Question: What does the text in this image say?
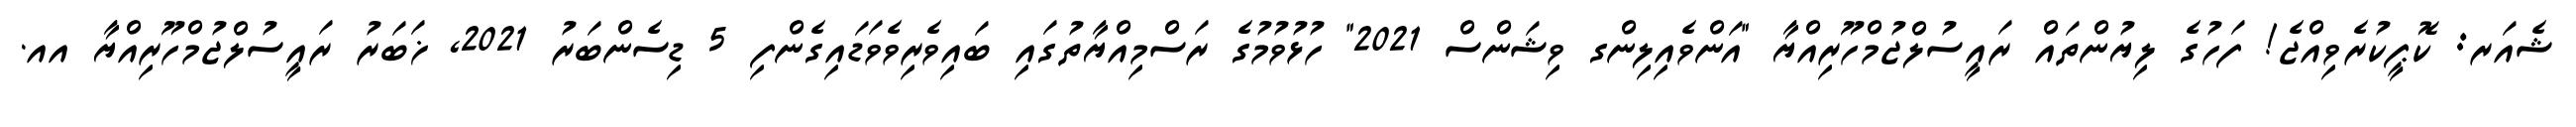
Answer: ޝެއަރ: ކޮޕީކުރެވިއްޖެ! ފަހުގެ ލިޔުންތައް ރައީސުލްޖުމްހޫރިއްޔާ "އަންވެއިލިންގ ވިޝަންސް 2021" ހުޅުވުމުގެ ރަސްމިއްޔާތުގައި ބައިވެރިވެވަޑައިގެންފި 5 ޑިސެންބަރު 2021, ޚަބަރު ރައީސުލްޖުމްހޫރިއްޔާ އއ.